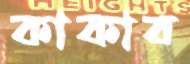
কাকাব